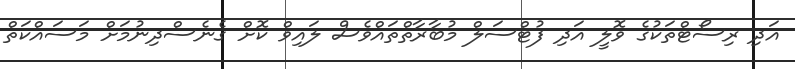
އަދި ރިސޯޓްތަކުގެ ވޮލީ އަދި ފުޓްސަލް މުބާރާތްތައްވެސް ލައިވް ކޮށް ގެނެސްދިނުމަށް މަސައްކަތް